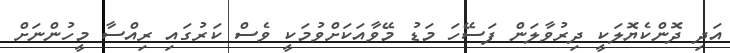
އަދި ދޮންކެޔޮލަކީ ދިރުވާލަން ފަސޭހަ މަޑު މޭވާއަކަށްވުމަކީ ވެސް ކަރުގައި ރިއްސާ މީހުންނަށް